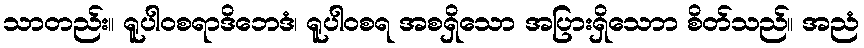
သာတည်း။ ရူပါဝစရာဒိဘေဒံ၊ ရူပါဝစရ အစရှိသော အပြားရှိသောာ စိတ်သည်။ အညံ